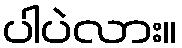
ပါပဲလား။